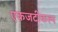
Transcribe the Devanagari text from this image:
एकजटीकल्प